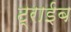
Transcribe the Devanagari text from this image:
ट्राईब